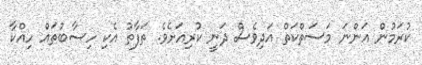
ކުރަމުން އަންނަ މަސަތްކަތް އަދިވެސް ދަނީ ކުރިއަށެވެ. ތަފާތު އެކި ހިސާބުތައް ހިއްކާ